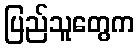
ပြည်သူတွေက